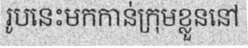
រូបនេះមកកាន់ក្រុមខ្លួននៅ